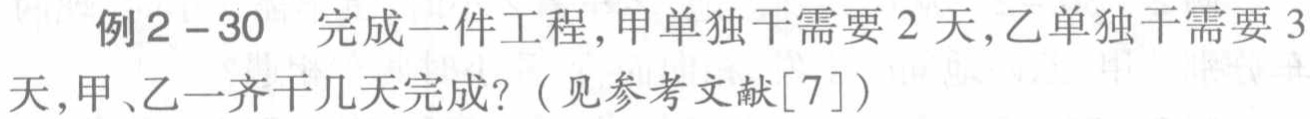
例2 - 30 完成一件工程，甲单独干需要 2 天，乙单独干需要 3 天，甲、乙一齐干几天完成？（见参考文献[7]）